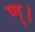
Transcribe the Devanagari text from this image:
ण्।